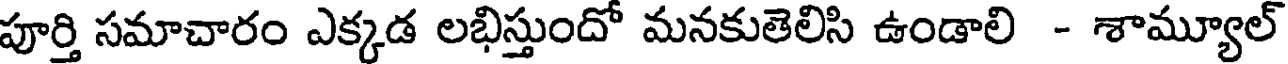
పూర్తి సమాచారం ఎక్కడ లభిస్తుందో మనకుతెలిసి ఉండాలి - శామ్యూల్